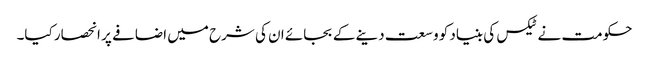
حکومت نے ٹیکس کی بنیاد کو وسعت دینے کے بجائے ان کی شرح میں اضافے پر انحصار کیا۔